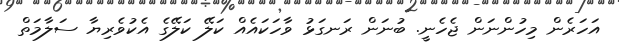
އަހަރެން މިހުންނަން ޖެހެނީ. ބުނަން ރަނގަޅު ވާހަކައެއް ކަލޭ ކަލޭގެ އެކުވެރިޔާ ސަލާމަތް